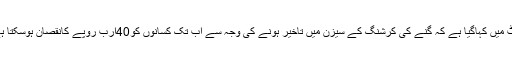
رٹ میں کہاگیا ہے کہ گنے کی کرشنگ کے سیزن میں تاخیر ہونے کی وجہ سے اب تک کسانوں کو40ارب روپے کانقصان ہوسکتا ہے۔